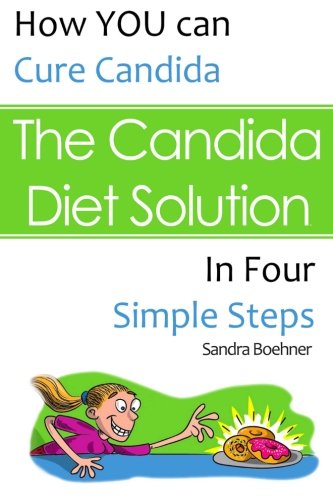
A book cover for The Candida Diet Solution: How You Can Cure Candida in Four Simple Steps; Miss Sandra Boehner; Health, Fitness & Dieting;